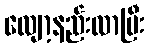
လျော့နည်းလာပြီး